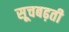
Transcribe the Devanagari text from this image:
सूचबढ़ती